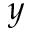
\boldsymbol { y }